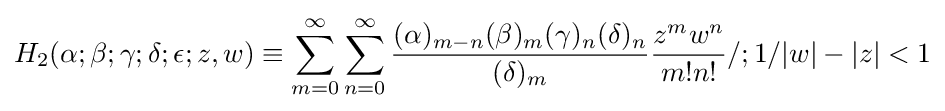
H_{2}(\alpha ;\beta ;\gamma ;\delta ;\epsilon ;z,w)\equiv \sum _{m=0}^{\infty }\sum _{n=0}^{\infty }{\frac {(\alpha )_{m-n}(\beta )_{m}(\gamma )_{n}(\delta )_{n}}{(\delta )_{m}}}{\frac {z^{m}w^{n}}{m!n!}}/;1/|w|-|z|<1